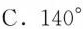
C.140°